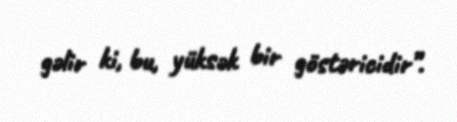
gəlir ki, bu, yüksək bir göstəricidir”.